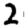
Digit: 2